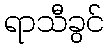
ရာသီခွင်